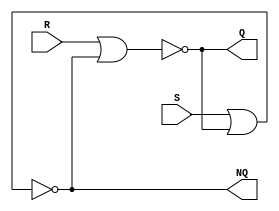
module Lab3_SR_Latch_gatelevel (output Q, NQ, input S, R);

    nor #(2) G1(Q, R, NQ);
    nor #(2) G2(NQ, S, Q);

endmodule